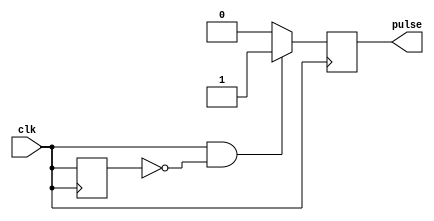
module RisingEdgePulseGenerator (
    input wire clk,
    output reg pulse
);

reg prev_clk;

always @(posedge clk) begin
    if (clk && !prev_clk) begin
        pulse <= 1;
    end else begin
        pulse <= 0;
    end
    prev_clk <= clk;
end

endmodule